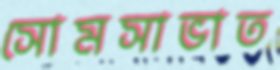
সোমসাভাত